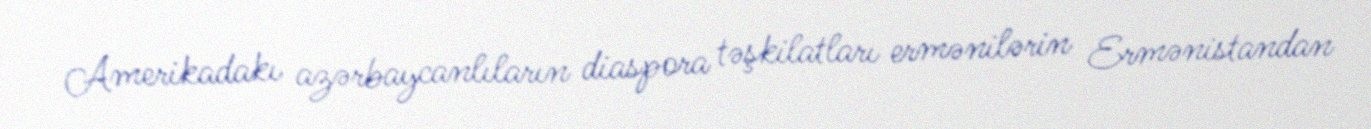
Amerikadakı azərbaycanlıların diaspora təşkilatları ermənilərin Ermənistandan